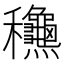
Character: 𥤚